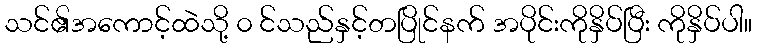
သင်၏အကောင့်ထဲသို့ ၀ င်သည်နှင့်တပြိုင်နက် အပိုင်းကိုနှိပ်ပြီး ကိုနှိပ်ပါ။